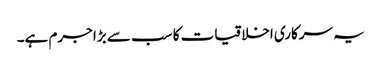
یہ سرکاری اخلاقیات کا سب سے بڑا جرم ہے۔